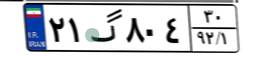
۲۱گ۸۰۴۳۰